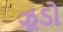
ઝૂડો